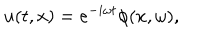
u ( t , x ) = e ^ { - i \omega t } \phi ( x , \omega ) ,